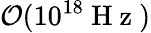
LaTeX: \mathcal{O}(10^{18}\mathrm{~H~z~})